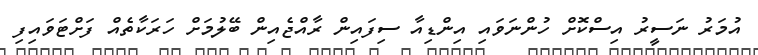
އުމަރު ނަސީރު އިސްކޮށް ހުންނަވައި އިންޑިއާ ސިފައިން ރާއްޖެއިން ބޭލުމަށް ހަރަކާތެއް ފަށްޓަވައިފި